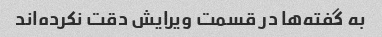
به گفته‌ها در قسمت ویرایش دقت نکرده‌اند